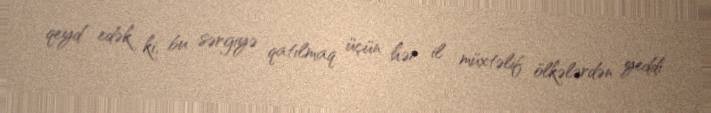
qeyd edək ki, bu sərgiyə qatılmaq üçün hər il müxtəlif ölkələrdən yeddi